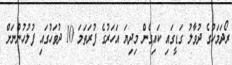
ރޯދަމަހުގެ ދުވާލު ގަޑީގައި ކައިގެން މިދިޔަ އަހަރުގެ ފުރަތަމަ 10 ދުވަހުގައި ފުލުހުންނަށް